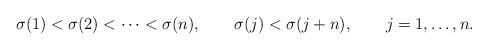
LaTeX: \begin{align*}\sigma (1) < \sigma (2) < \cdots < \sigma (n),\qquad \sigma (j) < \sigma (j+n), \qquad j=1,\ldots,n.\end{align*}